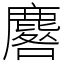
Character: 麔